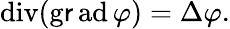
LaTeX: \operatorname{div}(\operatorname{g\mathsf{r}ad}\varphi)=\Delta\varphi.